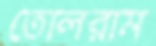
তোলরাম